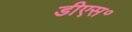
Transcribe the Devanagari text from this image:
डीएस॰